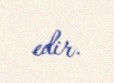
edir.